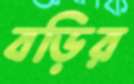
বড়ির